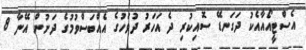
އެސްޓީއޯއާއެކު ދަގަނޑޭ ސޮއިކުރި ދެ އަހަރު ދުވަހުގެ އެއްބަސްވުމުގެ ދަށުން އޭނާ 8